Lunatic asylums in Bengal annual reports 1888-1898 - 1888-1898
Year: 1888
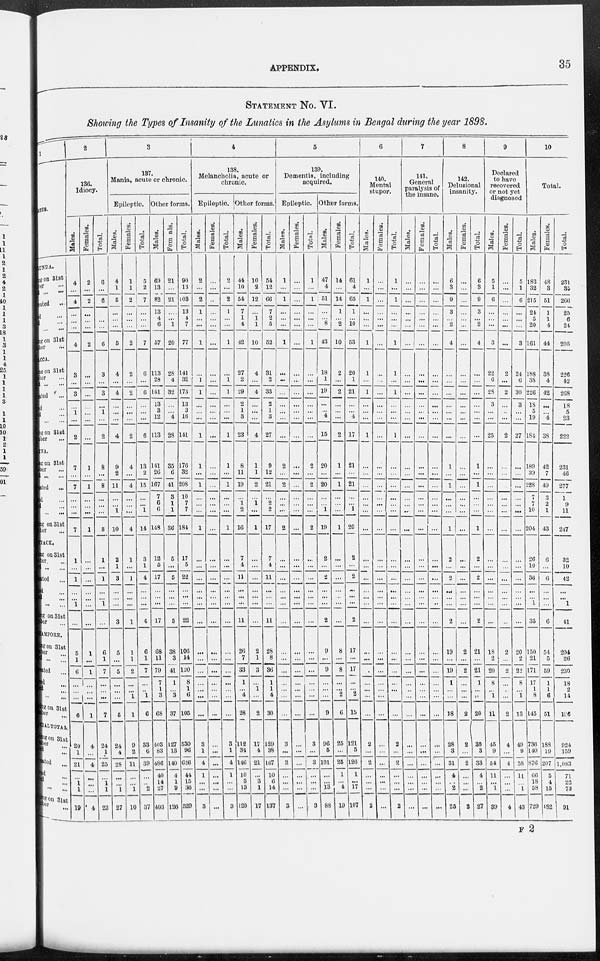
APPENDIX.
35
STATEMENT No. VI.
Showing the Types of Insanity of the Lunatics in the Asylums in Bengal during the year 1898.
1
DISEASES.
DULLUNDA.
Remaining on 31st
December ...
Died ... ...
Total treated ...
Recovered ...
Improved ...
Died ...
Remaining on 31st
December . . .
DACCA.
Remaining on 31st
December ...
Died ...
Total treated ...
Recovered ...
Improved ...
Died ...
Remaining on 31st
December ...
PATNA.
Remaining on 31st
December ...
Died ...
Total treated ...
Recovered ...
Improved ...
Died ...
Remaining on 31st
December ...
CUTTACK.
Remaining on 31st
December. ...
Died ...
Total treated ...
Recovered ...
Improved ...
Died ...
Remaining on 31st
December ...
MAYDAPORE.
Remaining on 31st
December ...
Died ...
Total treated ...
Recovered ...
Improved ...
Died ...
Remaining on 31st
December .
.
.
GRAND TOTAL.
Remaining on 31st
December ...
Died ...
Total treated ...
Recovered ...
Improved ...
Died ...
Remaining on 31st
December ...
2
136.
Idiocy.
Males.
4
...
4
...
...
...
4
3
...
3
...
1
...
2
7
...
7
...
...
...
7
1
...
1
...
...
1
...
5
1
6
...
...
...
6
20
1
21
...
1
1
19
Females.
2
...
2
...
...
...
2
...
...
...
...
...
...
...
1
...
1
...
...
...
1
...
...
...
...
...
...
...
1
...
1
...
...
...
1
4
...
4
...
...
...
4
Total.
6
...
6
...
...
...
6
3
...
3
...
1
...
2
8
...
8
...
...
...
8
1
...
1
...
...
1
...
6
1
7
...
...
...
7
24
1
25
...
1
1
23
3
137.
Mania, acute or chronic.
Epileptic.
Males.
4
1
5
...
...
...
5
4
...
4
...
...
...
4
9
2
11
...
...
1
10
2
1
3
...
...
...
3
5
...
5
...
...
...
5
24
4
28
...
...
1
27
Females.
1
1
2
...
...
...
2
2
...
2
...
...
...
2
4
...
4
...
...
...
4
1
...
1
...
...
...
1
1
1
2
...
...
1
1
9
2
11
...
...
1
10
Total.
5
2
7
...
...
...
7
6
...
6
...
...
...
6
13
2
15
...
...
1
14
3
1
4
...
...
...
4
6
1
7
...
...
1
6
33
6
39
...
...
2
37
Other forms.
Males.
69
13
82
13
4
6
57
113
28
141
13
3
12
113
141
26
167
7
6
6
148
12
5
17
...
...
...
17
68
11
79
7
1
3
68
403
83
486
40
14
27
403
Females.
21
...
21
...
...
1
20
28
4
32
...
...
4
28
35
6
41
3
1
1
36
5
...
5
...
...
...
5
38
3
41
1
...
3
37
127
13
140
4
1
9
126
Total.
90
13
103
13
4
7
77
141
32
173
13
3
16
141
176
32
208
10
7
7
184
17
5
22
...
...
...
22
106
14
120
8
1
6
105
530
96
626
44
15
36
529
4
138.
Melancholia, acute or
chronic.
Epileptic.
Males.
2
...
2
1
...
...
1
...
1
1
...
...
...
1
1
...
1
...
...
...
1
...
...
...
...
...
...
...
...
...
...
...
...
...
...
3
1
4
1
...
...
3
Females.
...
...
...
...
...
...
...
...
...
...
...
...
...
...
...
...
...
...
...
...
...
...
...
...
...
...
...
...
...
...
...
...
...
...
...
...
...
...
...
...
...
...
Total.
2
...
2
1
...
...
1
...
1
1
...
...
...
1
1
...
1
...
...
...
1
...
...
...
...
...
...
...
...
...
...
...
...
...
...
3
1
4
1
...
...
3
Other forms.
Males.
44
10
54
7
1
4
42
27
2
29
2
1
3
23
8
11
19
...
1
2
16
7
4
11
...
...
...
11
26
7
33
1
...
4
28
112
34
146
10
3
13
120
Females.
10
2
12
...
1
1
10
4
...
4
...
...
...
4
1
1
2
...
1
...
1
...
...
...
...
...
...
...
2
1
3
...
1
...
2
17
4
21
...
3
1
17
Total.
54
12
66
7
2
5
52
31
2
33
2
1
3
27
9
12
21
...
2
2
17
7
4
11
...
...
...
11
28
8
36
1
1
4
30
129
38
167
10
6
14
137
5
139.
Dementia, including
acquired.
Epileptic.
Males.
1
...
1
...
...
...
1
...
...
...
...
...
...
...
2
...
2
...
...
...
2
...
...
...
...
...
...
...
...
...
...
...
...
...
...
3
...
3
...
...
...
3
Females.
...
...
...
...
...
...
...
...
...
...
...
...
...
...
...
...
...
...
...
...
...
...
...
...
...
...
...
...
...
...
...
...
...
...
...
...
...
...
...
...
...
...
Total.
1
...
1
...
...
...
1
...
...
...
...
...
...
...
2
...
2
...
...
...
2
...
...
...
...
...
...
...
...
...
...
...
...
...
...
3
...
3
...
...
...
3
Other forms.
Males.
47
4
51
...
...
8
43
18
1
19
...
...
4
15
20
...
20
...
...
1
19
2
...
2
...
...
...
2
9
...
9
...
...
...
9
96
5
101
...
...
13
88
Females.
14
...
14
1
...
2
10
2
...
2
...
...
...
2
1
...
1
...
...
...
1
...
...
...
...
...
...
...
8
...
8
...
...
2
6
25
...
25
1
...
4
19
Total.
61
4
65
1
...
10
53
20
1
21
...
...
4
17
21
...
21
...
...
1
20
2
...
2
...
...
...
2
17
...
17
...
...
2
15
121
5
126
1
...
17
107
6
140.
Mental
stupor.
Males.
1
...
1
...
...
...
1
1
...
1
...
...
...
1
...
...
...
...
...
...
...
...
...
...
...
...
...
...
...
...
...
...
...
...
...
2
...
2
...
...
...
2
Females.
...
...
...
...
...
...
...
...
...
...
...
...
...
...
...
...
...
...
...
...
...
...
...
...
...
...
...
...
...
...
...
...
...
...
...
...
...
...
...
...
...
...
Total.
1
...
1
...
...
...
1
1
...
1
...
...
...
1
...
...
...
...
...
...
...
...
...
...
...
...
...
...
...
...
...
...
...
...
...
2
...
2
...
...
...
2
7
141.
General
paralysis of
the insane.
Males.
...
...
...
...
...
...
...
...
...
...
...
...
...
...
...
...
...
...
...
...
...
...
...
...
...
...
...
...
...
...
...
...
...
...
...
...
...
...
...
...
...
...
Females.
...
...
...
...
...
...
...
...
...
...
...
...
...
...
...
...
...
...
...
...
...
...
...
...
...
...
...
...
...
...
...
...
...
...
...
...
...
...
...
...
...
...
Total.
...
...
...
...
...
...
...
...
...
...
...
...
...
...
...
...
...
...
...
...
...
...
...
...
...
...
...
...
...
...
...
...
...
...
...
...
...
...
...
...
...
...
8
142.
Delusional
insanity.
Males.
6
3
9
3
...
2
4
...
...
...
...
...
...
...
1
...
1
...
...
...
1
2
...
2
...
...
...
2
19
...
19
1
...
...
18
28
3
31
4
...
2
25
Females.
...
...
...
...
...
...
...
...
...
...
...
...
...
...
...
...
...
...
...
...
...
...
...
...
...
...
...
...
2
...
2
...
...
...
2
2
...
2
...
...
...
2
Total.
6
3
9
3
...
2
4
...
...
...
...
...
...
...
1
...
1
...
...
...
1
2
...
2
...
...
...
2
21
...
21
1
...
...
20
30
3
33
4
...
2
27
9
Declared
to have
recovered
or not yet
diagnosed.
Males.
5
1
6
...
...
...
3
22
6
28
3
...
...
25
...
...
...
...
...
...
...
...
...
...
...
...
...
...
18
2
20
8
...
1
11
45
9
54
11
...
1
39
Females.
...
...
...
...
...
...
...
2
...
2
...
...
...
2
...
...
...
...
...
...
...
...
...
...
...
...
...
...
2
...
2
...
...
...
2
4
...
4
...
...
...
4
Total.
5
1
6
...
...
...
3
24
6
30
3
...
...
27
...
...
...
...
...
...
...
...
...
...
...
...
...
...
20
2
22
8
...
1
13
49
9
58
11
...
1
43
10
Total.
Males.
183
32
215
24
5
20
161
188
38
226
18
5
19
184
189
39
228
7
7
10
204
26
10
36
...
...
1
35
150
21
171
17
1
8
145
736
140
876
66
18
58
729
Females.
48
3
51
1
1
4
44
38
4
42
...
...
4
38
42
7
49
3
2
1
43
6
...
6
...
...
...
6
54
5
59
1
1
6
51
188
19
207
5
4
15
182
Total.
231
35
266
25
6
24
205
226
42
268
18
5
23
222
231
46
277
10
9
11
247
32
10
42
...
...
1
41
204
26
230
18
2
14
196
924
159
1,083
71
22
73
91
F 2